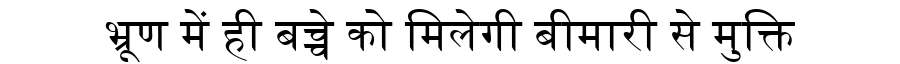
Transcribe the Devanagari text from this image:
भ्रूण में ही बच्चे को मिलेगी बीमारी से मुक्ति